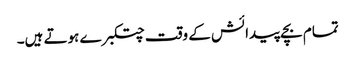
تمام بچے پیدائش کے وقت چتکبرے ہوتے ہیں۔